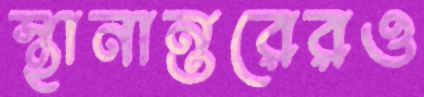
স্থানান্তরেরও